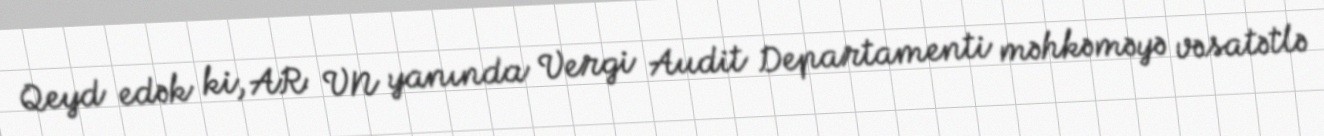
Qeyd edək ki, AR VN yanında Vergi Audit Departamenti məhkəməyə vəsatətlə